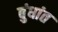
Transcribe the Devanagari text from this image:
बुंधांत